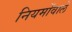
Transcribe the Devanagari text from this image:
नियमोंवाले